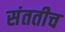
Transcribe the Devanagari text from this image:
संततीच